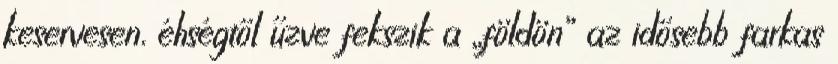
keservesen, éhségtől űzve fekszik a „földön” az idősebb farkas